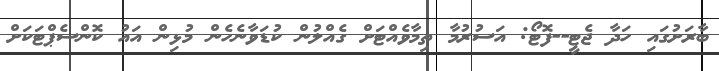
ބާރަށުގައި ހަދާ ޖެޓީ--ފޮޓޯ: އަސުރުމާ ތިމާވެއްޓަށް ގެއްލުން ކުޑަވާނެހެން މުޅިން އައު ކޮންސެޕްޓަކަށް